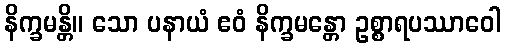
နိက္ခမန္တိ။ သော ပနာယံ ဧဝံ နိက္ခမန္တော ဥစ္စာရပဿာဝေါ